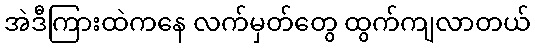
အဲဒီကြားထဲကနေ လက်မှတ်တွေ ထွက်ကျလာတယ်